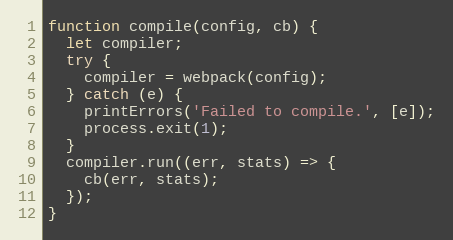
Language: JavaScript
function compile(config, cb) {
  let compiler;
  try {
    compiler = webpack(config);
  } catch (e) {
    printErrors('Failed to compile.', [e]);
    process.exit(1);
  }
  compiler.run((err, stats) => {
    cb(err, stats);
  });
}